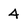
Character: 4